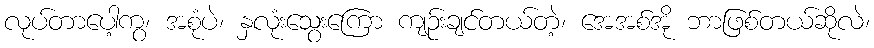
လုပ်တာပေါ့ကွ၊ အစုံပဲ၊ နှလုံးသွေးကြော ကျဉ်းချင်တယ်တဲ့၊ အေအစ်အို ဘာဖြစ်တယ်ဆိုလဲ၊